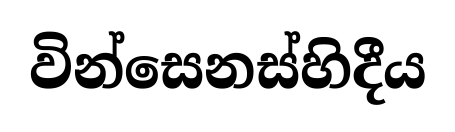
වින්සෙනස්හිදීය